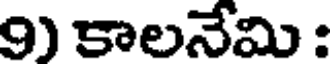
9) కాలనేమి :